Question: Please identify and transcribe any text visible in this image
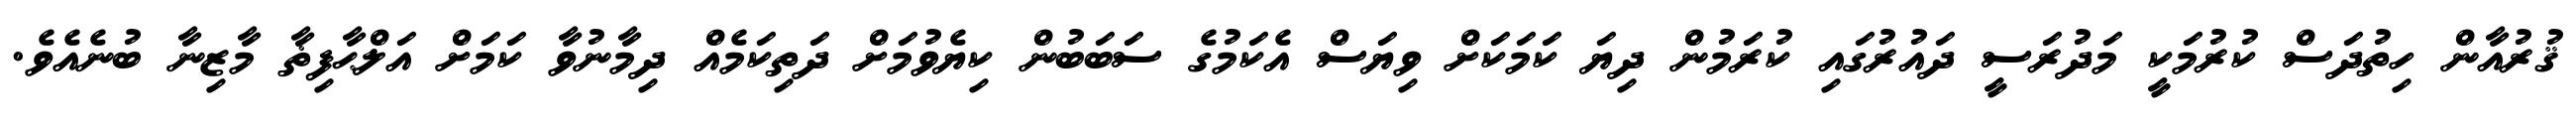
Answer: ޤުރުއާން ހިތުދަސް ކުރުމަކީ މަދުރަސީ ދައުރުގައި ކުރަމުން ދިޔަ ކަމަކަށް ވިޔަސް އެކަމުގެ ސަބަބުން ކިޔެވުމަށް ދަތިކަމެއް ދިމާނުވާ ކަމަށް އަލްޙާފިޡާ މާޒިނާ ބުނެއެވެ.